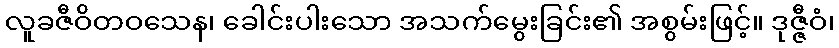
လူခဇီဝိတဝသေန၊ ခေါင်းပါးသော အသက်မွေးခြင်း၏ အစွမ်းဖြင့်။ ဒုဇ္ဇီဝံ၊